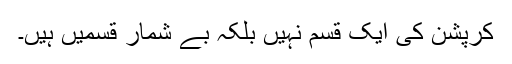
کرپشن کی ایک قسم نہیں بلکہ بے شمار قسمیں ہیں۔